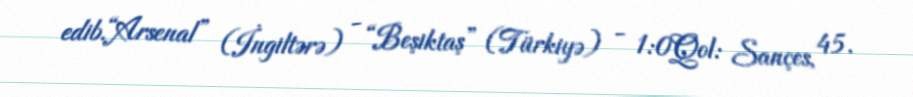
edib.“Arsenal” (İngiltərə) - “Beşiktaş” (Türkiyə) - 1:0Qol: Sançes, 45.